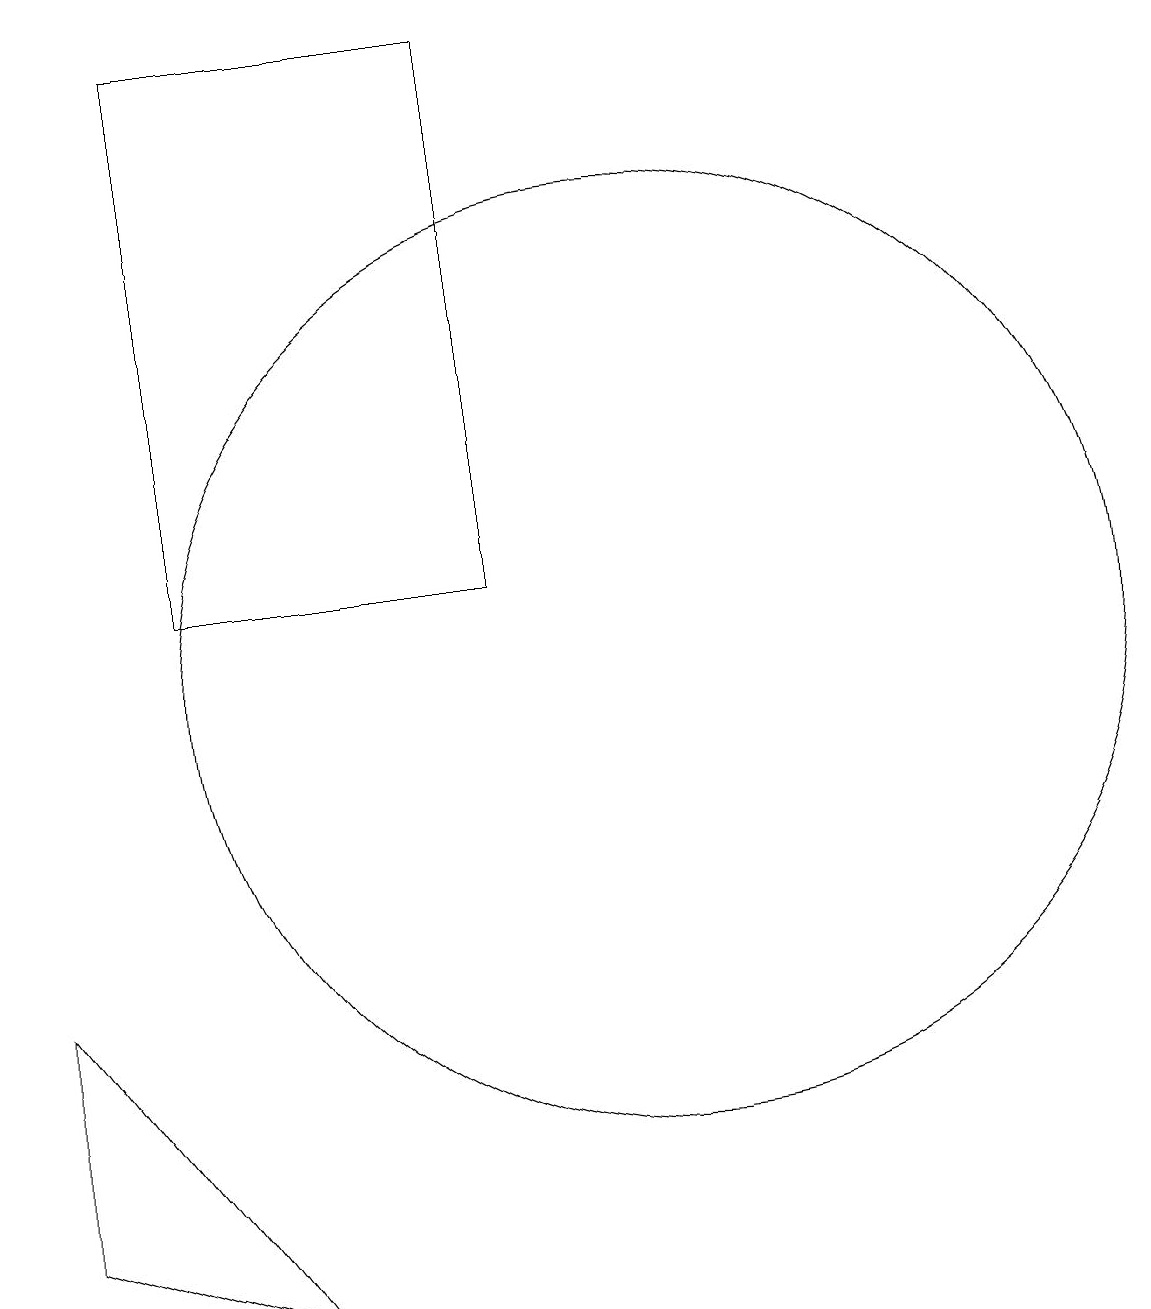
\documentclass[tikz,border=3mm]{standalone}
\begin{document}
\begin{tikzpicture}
\draw (10,10) circle (6);
\draw (4,11) rectangle (8,18);
\draw (5,2) -- (2,3) -- (2,6) -- cycle;
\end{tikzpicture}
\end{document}